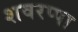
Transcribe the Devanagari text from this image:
शवरप्पा